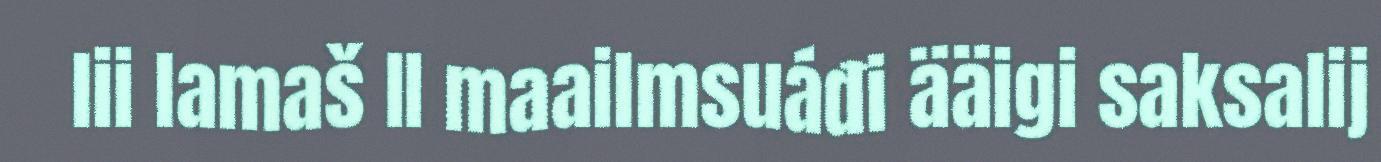
lii lamaš II maailmsuáđi ääigi saksalij